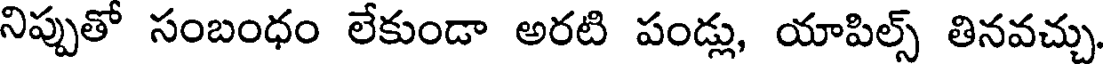
నిప్పుతో సంబంధం లేకుండా అరటి పండ్లు, యాపిల్స్ తినవచ్చు